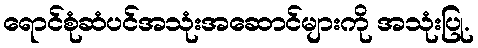
ရောင်စုံဆံပင်အသုံးအဆောင်များကို အသုံးပြု.